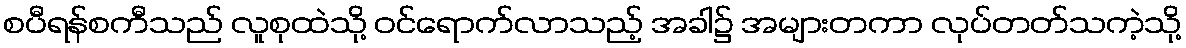
စပီရန်စကီသည် လူစုထဲသို့ ဝင်ရောက်လာသည့် အခါ၌ အများတကာ လုပ်တတ်သကဲ့သို့